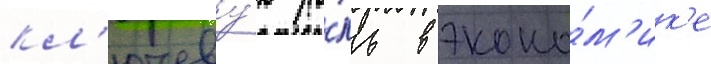
кл'ючеву́ю ро́ль в эконо́м'ик'е